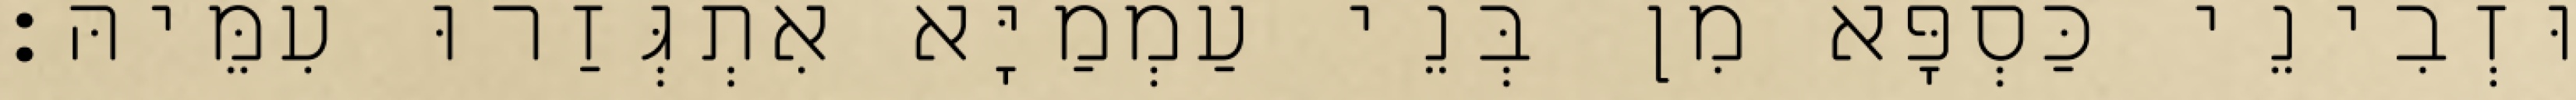
וּזְבִינֵי כַּסְפָּא מִן בְּנֵי עַמְמַיָּא אִתְגְּזַרוּ עִמֵּיהּ׃